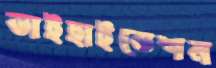
ডাইহাইড্রেশন